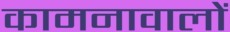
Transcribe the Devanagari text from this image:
कामनावालों